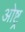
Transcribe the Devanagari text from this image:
ओष्ट्र